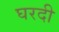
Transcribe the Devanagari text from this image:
घरदी